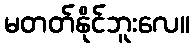
မတတ်နိုင်ဘူးလေ။